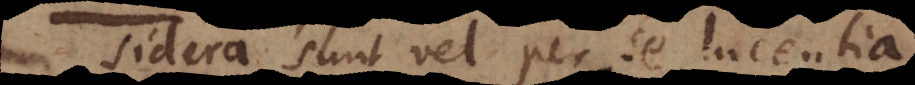
Sidera sunt vel per se lucentia,